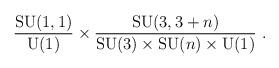
LaTeX: \begin{align*}\frac{\mathrm{SU}(1,1)}{\mathrm{U}(1)} \times \frac{\mathrm{SU}(3,3+n)}{\mathrm{SU}(3) \times \mathrm{SU}(n) \times \mathrm{U}(1)}~.\end{align*}